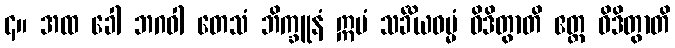
၄။ အထ ခေါ ဘဂဝါ တေသံ ဘိက္ခူနံ ဣမံ သင်္ခိယဓမ္မံ ဝိဒိတွာတိ ဧတ္ထ ဝိဒိတွာတိ